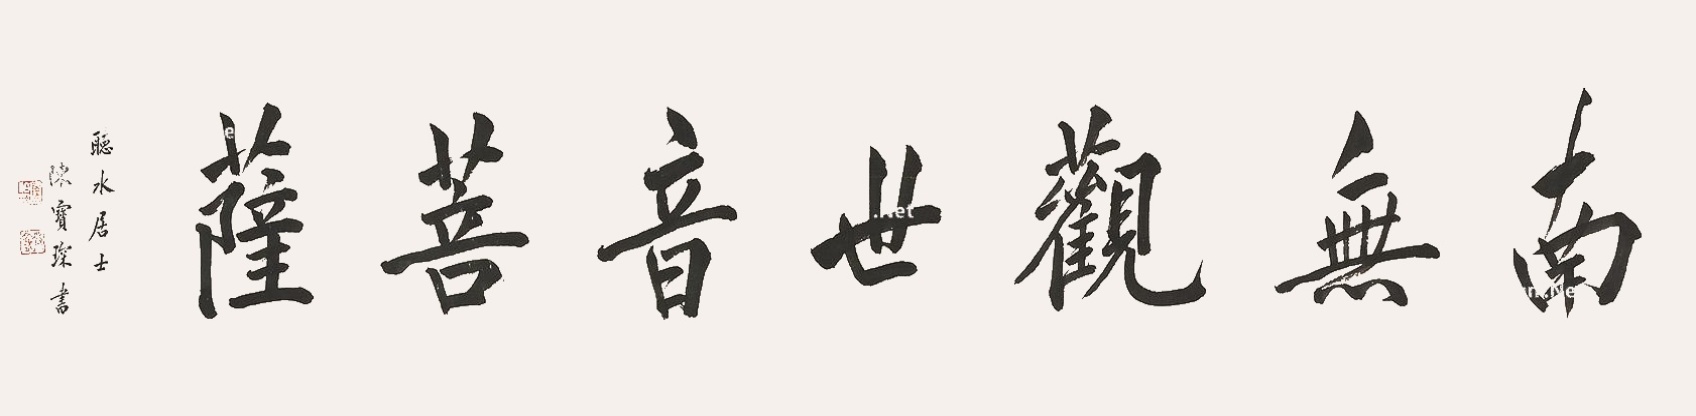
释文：南无观世音菩萨听水居士陈宝琛书。